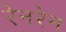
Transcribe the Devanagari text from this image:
रेनरेन